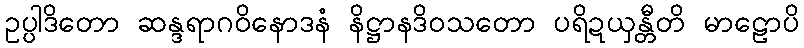
ဥပ္ပါဒိတော ဆန္ဒရာဂဝိနောဒနံ နိဋ္ဌာနဒိဝသတော ပရိဍယှန္တီတိ မာဠောပိ